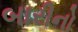
બારીનો